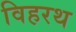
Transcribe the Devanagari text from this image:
विहरथ